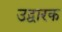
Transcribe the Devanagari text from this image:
उद्वारक